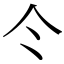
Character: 仒